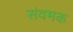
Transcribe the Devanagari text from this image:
संवमक